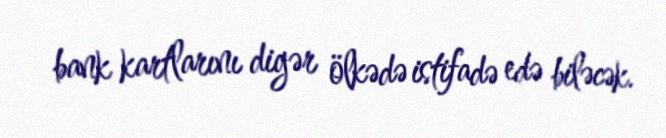
bank kartlarını digər ölkədə istifadə edə biləcək.